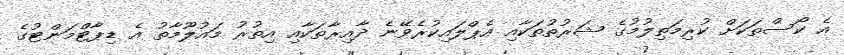
އެ ކޯސްތަކަށް ކުރިމަތިލުމުގެ ޝަރުތުތަކާއި އެޕްލައިކުރެވޭނެ ދާއިރާތަކާއި އިތުރު މައުލޫމާތު އެ ޑިޕާޓްމަންޓުގެ